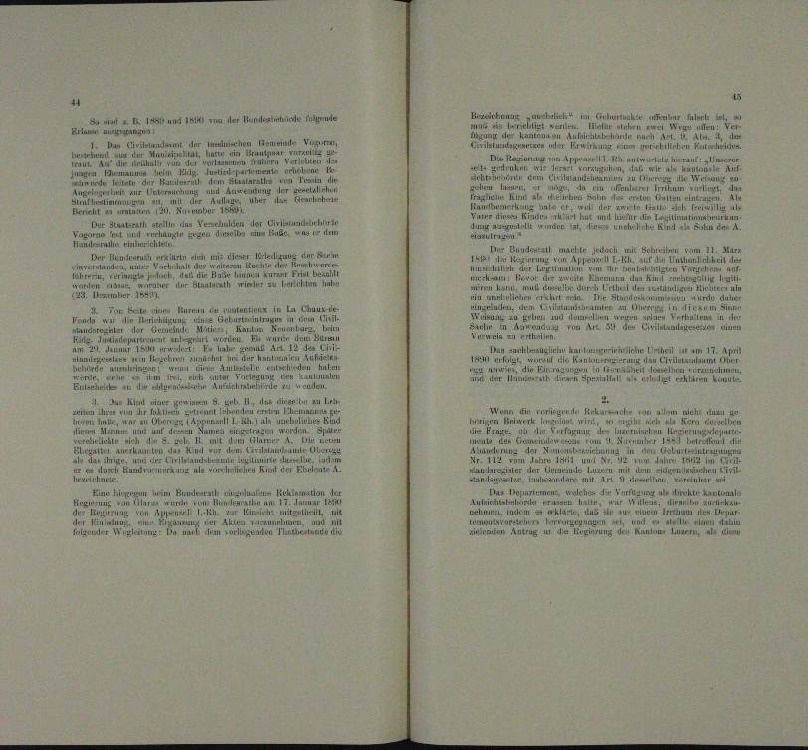
e
BERSCHMuug
 1 und der Bunde de
e
aementen werden.
Elan au

lundet der leischen Gemeinde Vig
1. Da

u in Arn

i
Apparen 1 S. antrutale herau
u
s. die eine in der
a                                      einer 18
.
 vn

Trei
n
n un

un
u

e
wann der Be

 er

.

Der Staatsrath erin an den der Urkundlichen
u
.
 u
Augen gegen die

Bundest machte jedoch
Kiren als mir dieser Stec u

er Bun
 vom Ap

.

a

asilien und
.

sleiten, dem Her
Aux 1
.
u

u
Zu Gelen i
Anrichtigung

der Bunde
a
urren
u
u
a
an santel
d
hr kaiserlich
m
e

u

¬
n

.
un

 . Klar dies
 S. sub II., das Finanten zu Erh
 egen

n

.

Sanen eingetragen werden spa
a
en
eetsch
u
und de
n
un die
e
e

.

a
ch Ein
u
Iten welc
eten haben
rgen heim Bundesrath unter Reklamation der
enun
u

u

Aniren tade
 einer
wür
 u

Flor
n
n
e
heit am 17. April
vum i
Aux Er
opure
.